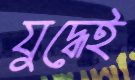
যুদ্ধেই